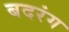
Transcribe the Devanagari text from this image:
बदरंग